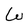
Character: W